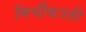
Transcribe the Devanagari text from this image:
मिर्चीबज्जी